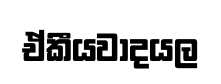
ඒකීයවාදයල